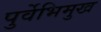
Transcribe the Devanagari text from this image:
पुर्वेभिमुख